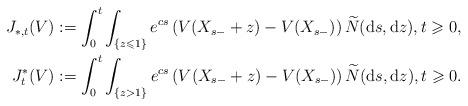
LaTeX: \begin{align*}J_{\ast,t}(V) & :=\int_{0}^{t}\int_{\lbrace z\leqslant1\rbrace}e^{cs}\left(V(X_{s-}+z)-V(X_{s-})\right)\widetilde{N}(\mathrm{d}s,\mathrm{d}z),t\geqslant0,\\J_{t}^{\ast}(V) & :=\int_{0}^{t}\int_{\lbrace z>1\rbrace}e^{cs}\left(V(X_{s-}+z)-V(X_{s-})\right)\widetilde{N}(\mathrm{d}s,\mathrm{d}z),t\geqslant0.\end{align*}